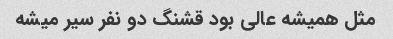
مثل همیشه عالی بود قشنگ دو نفر سیر میشه